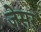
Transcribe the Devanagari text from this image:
जेसर